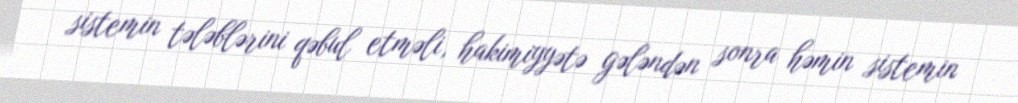
sistemin tələblərini qəbul etməli, hakimiyyətə gələndən sonra həmin sistemin